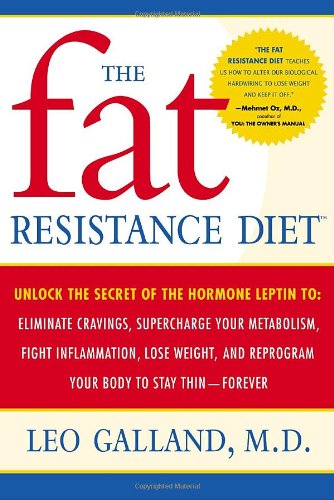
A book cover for The Fat Resistance Diet: Unlock the Secret of the Hormone Leptin to: Eliminate Cravings, Supercharge Your Metabolism, Fight Inflammation, Lose Weight & Reprogram Your Body to Stay Thin-; Leo Galland; Cookbooks, Food & Wine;